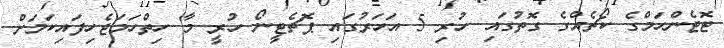
ޓޮޓެންހަމްގެ ކޯޗެއްގެ ގޮތުގައި ހުރި 5 އަހަރުގައި ޕޮޗެޓީނޯ ހުރީ މާ ހިތްހަމަޖެހިފައިކަމަށް